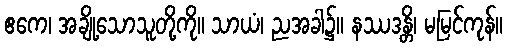
ဧကေ၊ အချို့သောသူတို့ကို။ သာယံ၊ ညအခါ၌။ နဿဒန္တိ၊ မမြင်ကုန်။